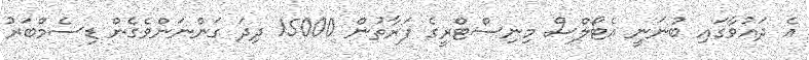
އެ ދައުވާގައި ބުނަނީ އެޓޯލްސް މިނިސްޓްރީގެ ފަރާތުން 15000 ދިދަ ގަންނަންވެގެން ޑިސެމްބަރު